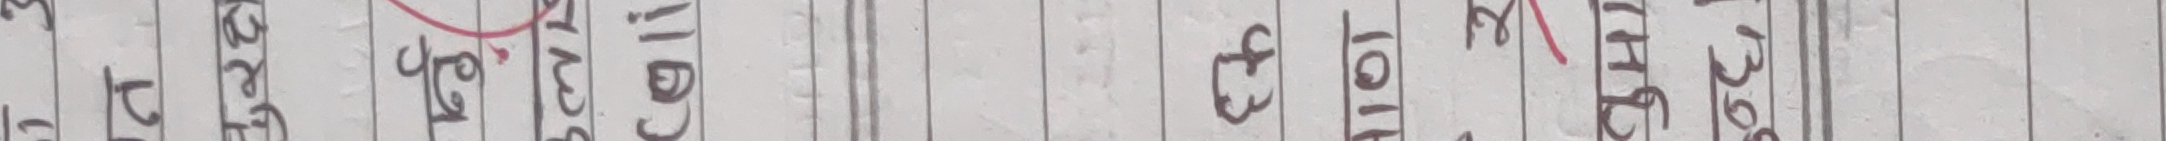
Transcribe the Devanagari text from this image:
३४ ट जे च ग अ ३४८०९८८३९